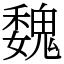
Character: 魏